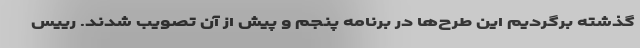
گذشته برگردیم این طرح‌ها در برنامه پنجم و پیش از آن تصویب شدند. رییس